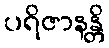
ပရိဇာနန္တိ